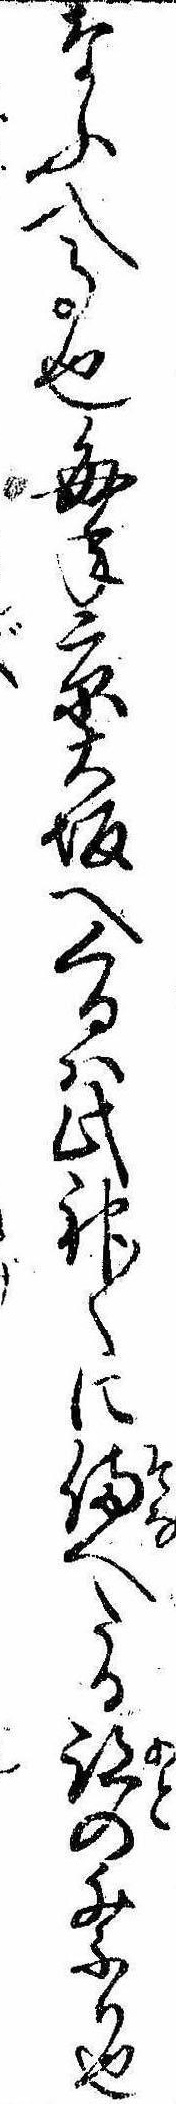
なふ入事也毎年京大坂へくるは此神〱に備へたる跡の祭り也